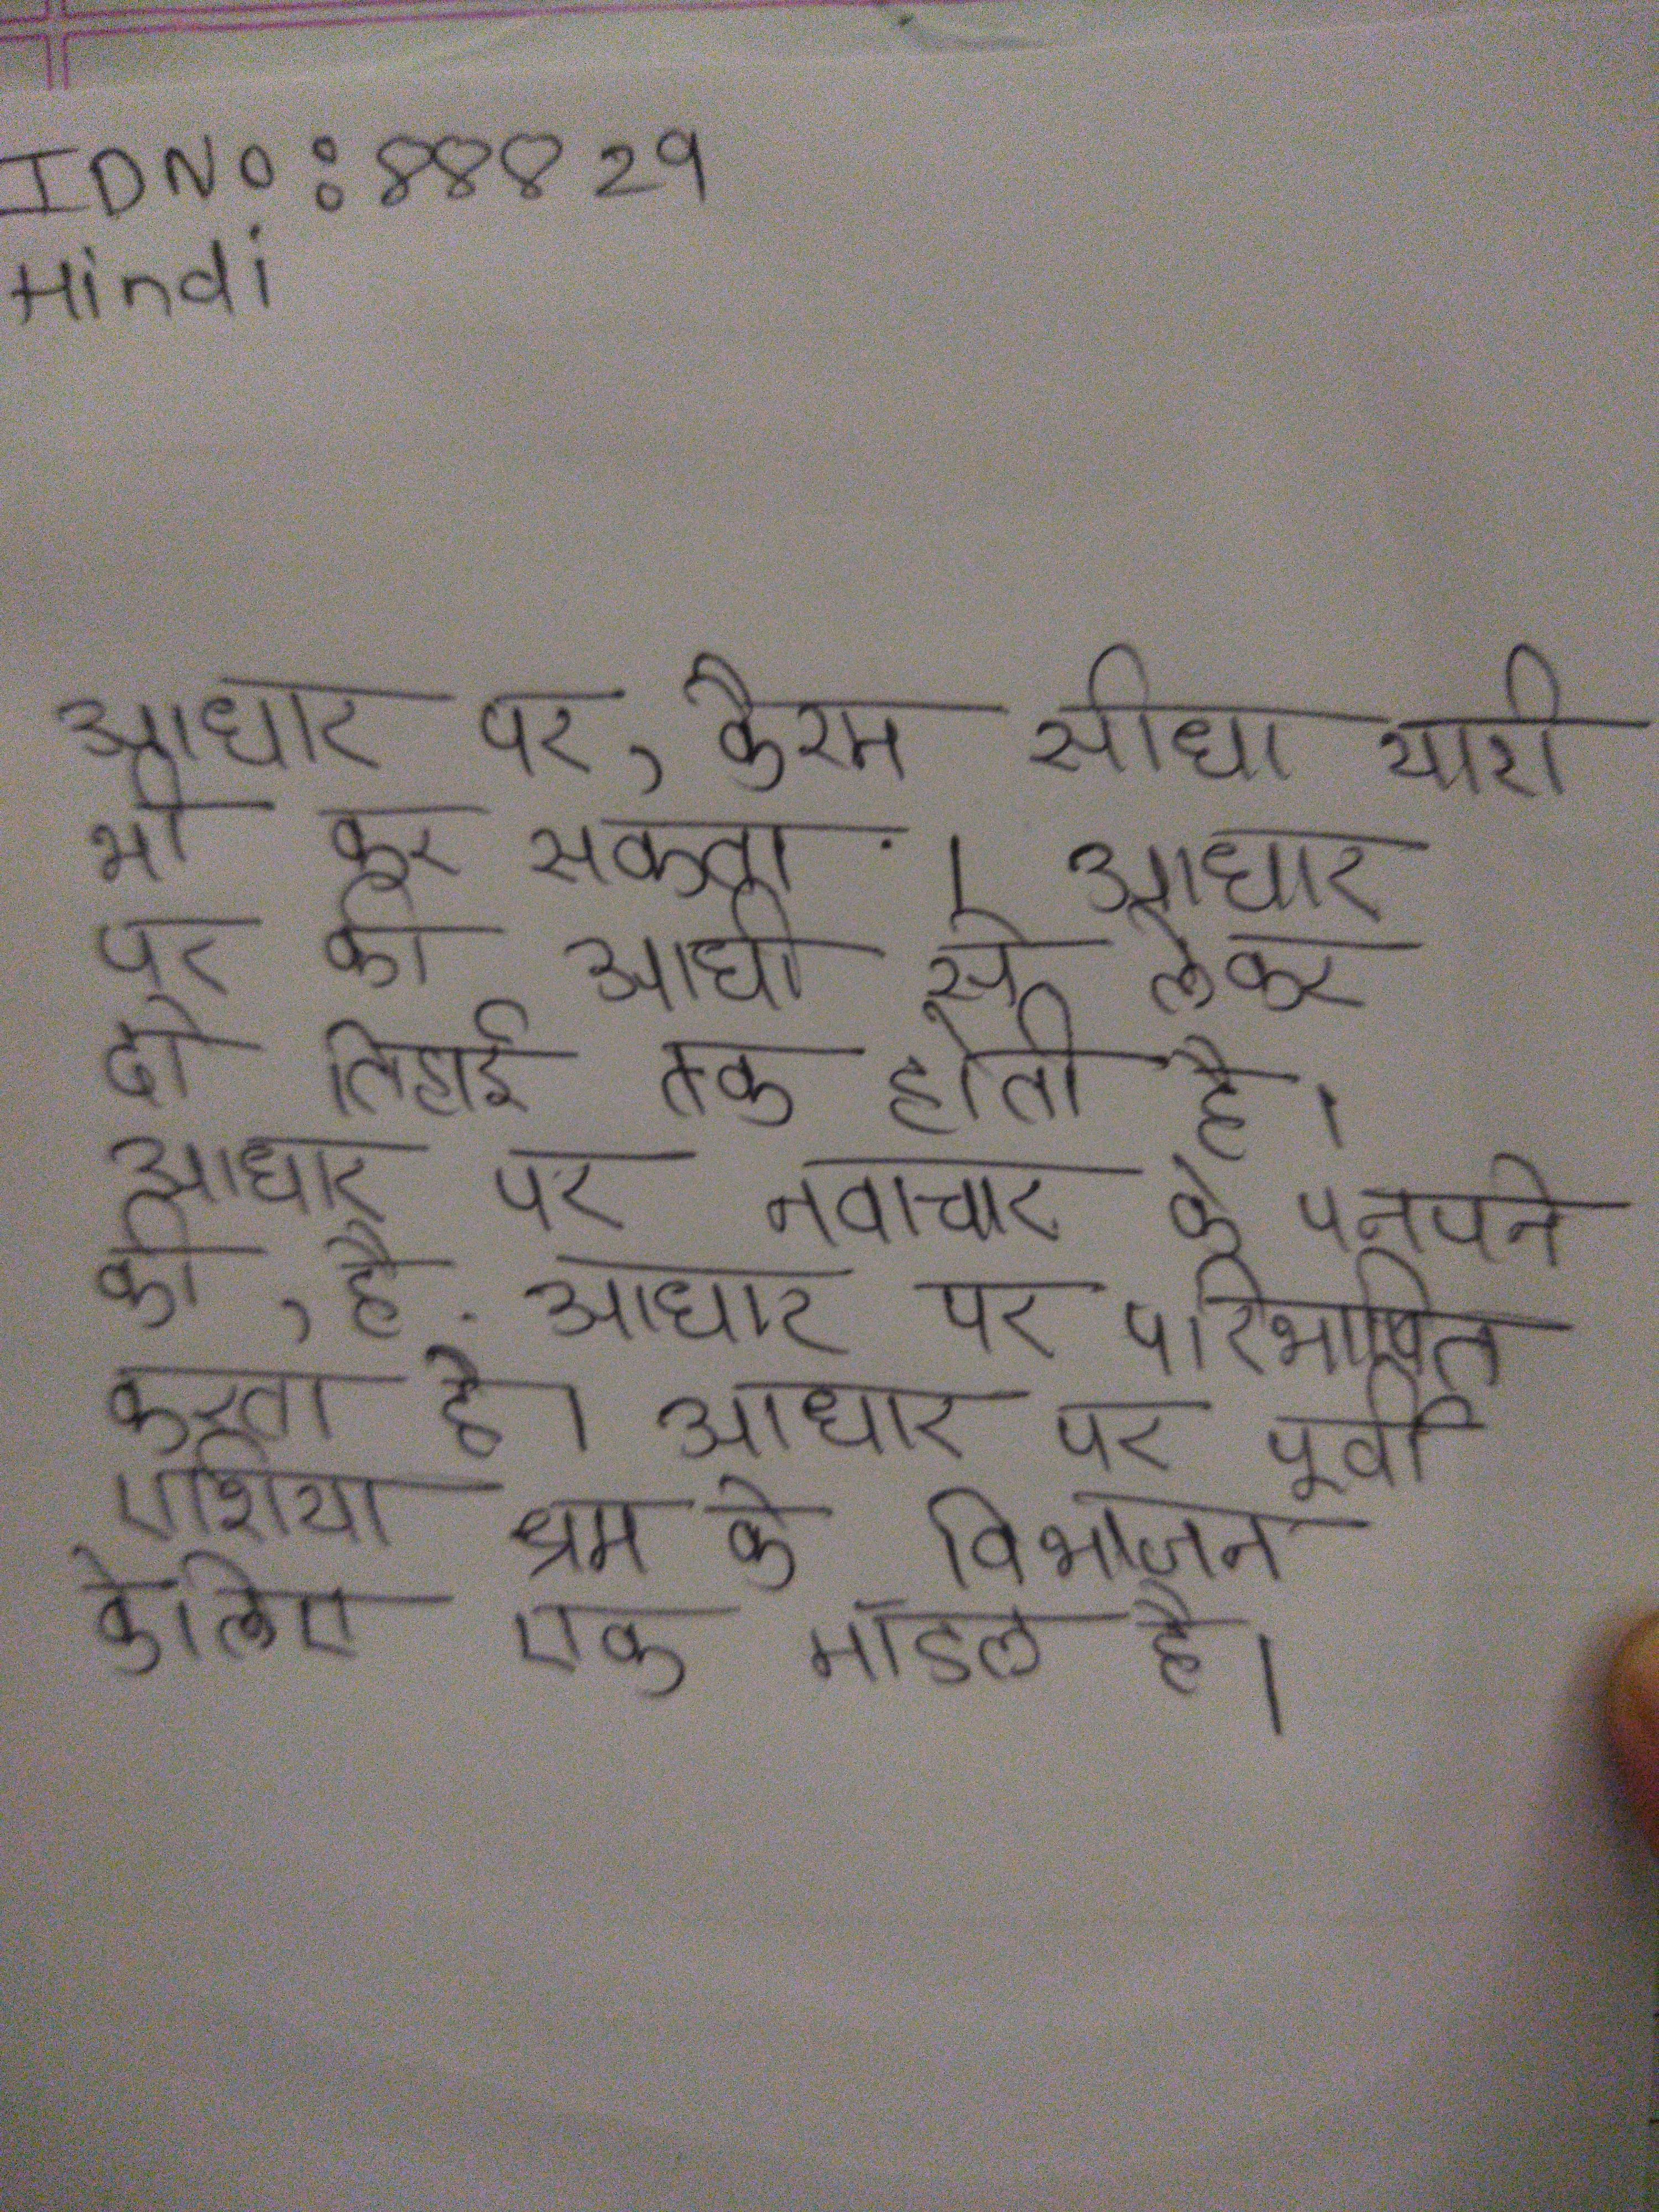
आधार पर, कैरम सीधा यारा भी कर सकता िै । आधार पर की आधी से लेकर दो तिहाई तक होती है । आधार पर नवाचार के पनपने की, है . आधार पर परिभाषित करता है । आधार पर पूर्वी एशिया श्रम के विभाजन के लिए एक मॉडल है ।